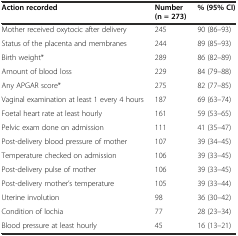
<table><thead><tr><td><b>Action recorded</b></td><td><b>Number (n = 273)</b></td><td><b>% (95% CI)</b></td></tr></thead><tbody><tr><td>Mother received oxytocic after delivery</td><td>245</td><td>90 (86–93)</td></tr><tr><td>Status of the placenta and membranes</td><td>244</td><td>89 (85–93)</td></tr><tr><td>Birth weight*</td><td>289</td><td>86 (82–89)</td></tr><tr><td>Amount of blood loss</td><td>229</td><td>84 (79–88)</td></tr><tr><td>Any APGAR score*</td><td>275</td><td>82 (77–85)</td></tr><tr><td>Vaginal examination at least 1 every 4 hours</td><td>187</td><td>69 (63–74)</td></tr><tr><td>Foetal heart rate at least hourly</td><td>161</td><td>59 (53–65)</td></tr><tr><td>Pelvic exam done on admission</td><td>111</td><td>41 (35–47)</td></tr><tr><td>Post-delivery blood pressure of mother</td><td>107</td><td>39 (34–45)</td></tr><tr><td>Temperature checked on admission</td><td>106</td><td>39 (33–45)</td></tr><tr><td>Post-delivery pulse of mother</td><td>106</td><td>39 (33–45)</td></tr><tr><td>Post-delivery mother’s temperature</td><td>105</td><td>39 (33–44)</td></tr><tr><td>Uterine involution</td><td>98</td><td>36 (30–42)</td></tr><tr><td>Condition of lochia</td><td>77</td><td>28 (23–34)</td></tr><tr><td>Blood pressure at least hourly</td><td>45</td><td>16 (13–21)</td></tr></tbody></table>